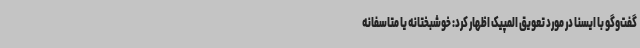
گفت‌وگو با ایسنا در مورد تعویق المپیک اظهار کرد: خوشبختانه یا متاسفانه